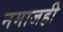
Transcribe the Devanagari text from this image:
नमाजही